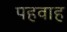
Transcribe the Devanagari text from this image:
पहवाह